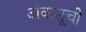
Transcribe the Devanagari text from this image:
अंकसूची